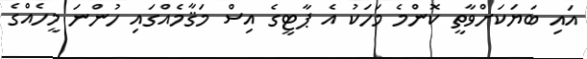
އައި ބަޔަކަށްވާތީ ކޮންމެ މަހަކު އެ ޕާޓީގެ އިސް މަޤާމެއްގައި ހުންނަ މީހެއްގެ